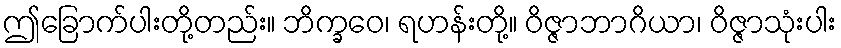
ဤခြောက်ပါးတို့တည်း။ ဘိက္ခဝေ၊ ရဟန်းတို့။ ဝိဇ္ဇာဘာဂိယာ၊ ဝိဇ္ဇာသုံးပါး